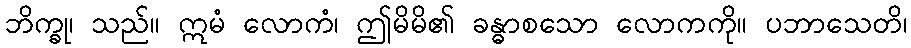
ဘိက္ခု၊ သည်။ ဣမံ လောကံ၊ ဤမိမိ၏ ခန္ဓာစသော လောကကို။ ပဘာသေတိ၊